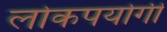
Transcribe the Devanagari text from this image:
लोकपयोगी